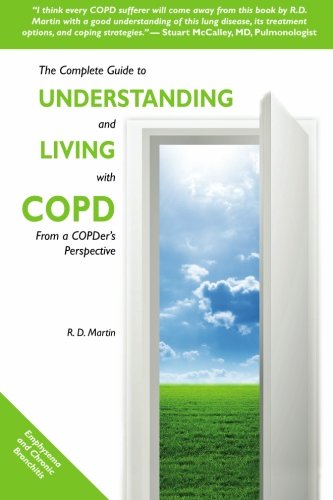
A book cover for The Complete Guide to Understanding and Living with COPD: From A COPDer's Perspective; R. D. Martin; Health, Fitness & Dieting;